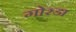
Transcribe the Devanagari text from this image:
गोरडा